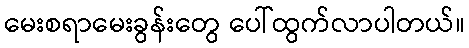
မေးစရာမေးခွန်းတွေ ပေါ်ထွက်လာပါတယ်။